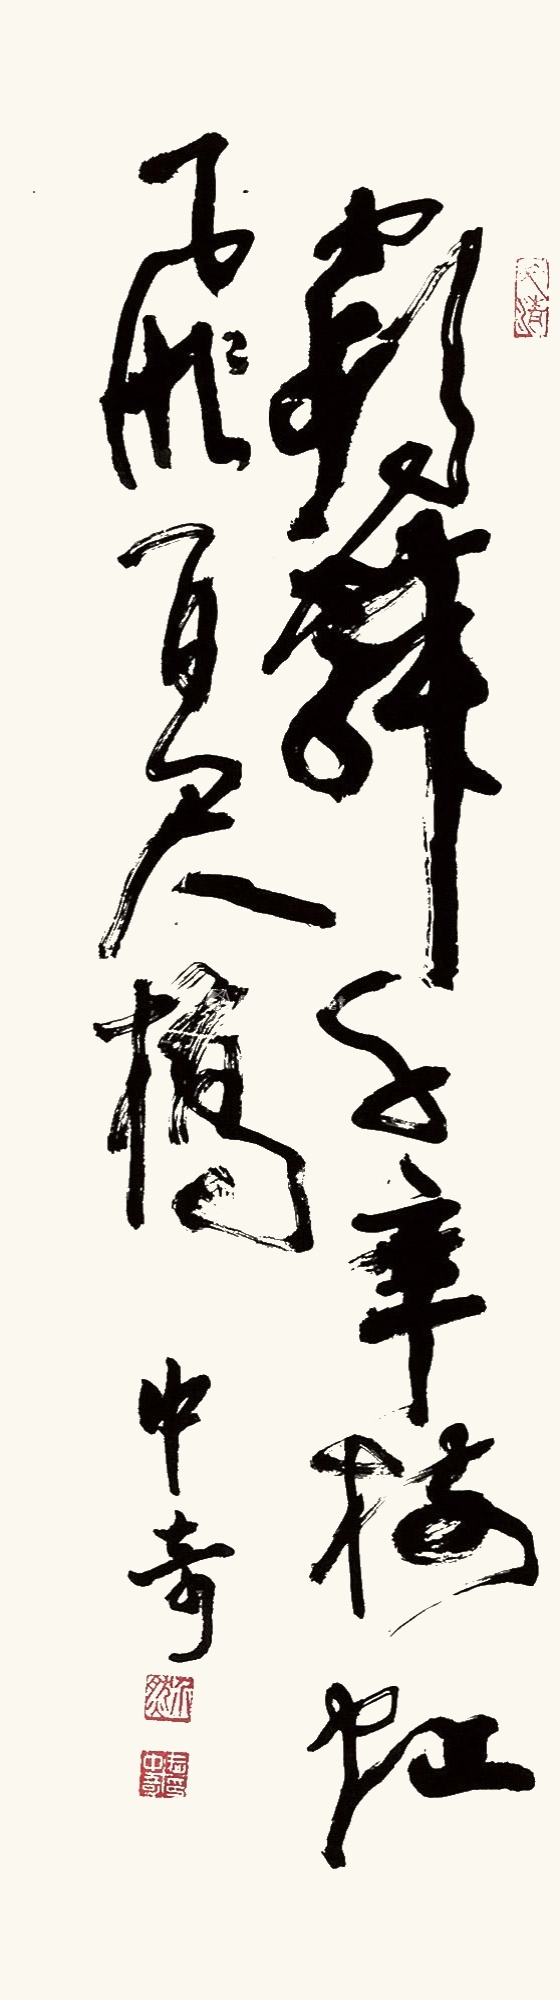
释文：鹤舞千年树，虹飞百尺桥。中奇。